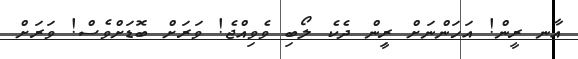
އާނ ރީން! އަހަންނަށް ރީިން ދެކެ ލޯބި ވެވިއްޖެ! ވަރަށް ބޮޑަށްވެސް! ވަރަށް